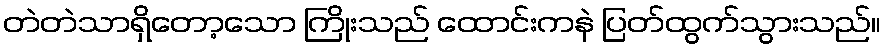
တဲတဲသာရှိတော့သော ကြိုးသည် ထောင်းကနဲ ပြတ်ထွက်သွားသည်။